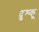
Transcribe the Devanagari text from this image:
दुश्कू